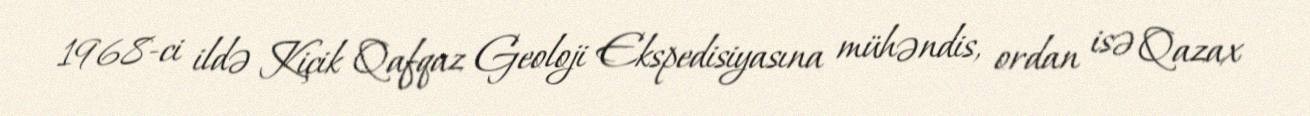
1968-ci ildə Kiçik Qafqaz Geoloji Ekspedisiyasına mühəndis, ordan isə Qazax